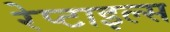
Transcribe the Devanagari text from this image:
रेप्टाइल्स